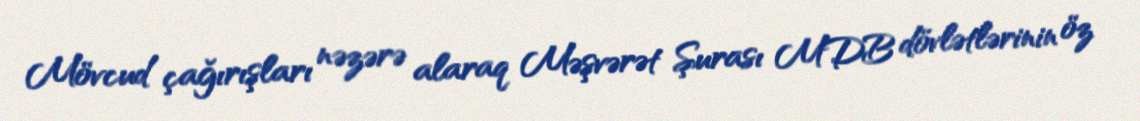
Mövcud çağırışları nəzərə alaraq Məşvərət Şurası MDB dövlətlərinin öz